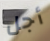
أجل